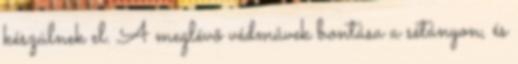
készülnek el. A meglévõ védmûvek bontása a sétányon, és